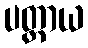
ပတ္တာယ